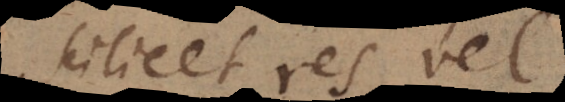
scilicet res vel